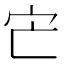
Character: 𡦽